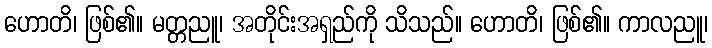
ဟောတိ၊ ဖြစ်၏။ မတ္တညူ၊ အတိုင်းအရှည်ကို သိသည်။ ဟောတိ၊ ဖြစ်၏။ ကာလညူ၊